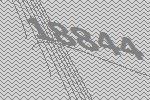
18844